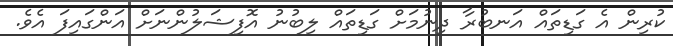
ކުރިން އެ ގަޑިތައް އަނބުރާ ދިނުމަށް ގަޑިތައް ލިބުނު އޮފިޝަލުންނަށް އަންގައިފަ އެވެ.